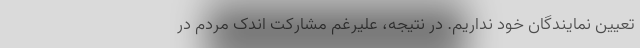
تعیین نمایندگان خود نداریم. در نتیجه، علیرغم مشارکت اندک مردم در